Civil Veterinary Dept. Bombay admin report 1907-1913 - 1907-1913
Year: 1907
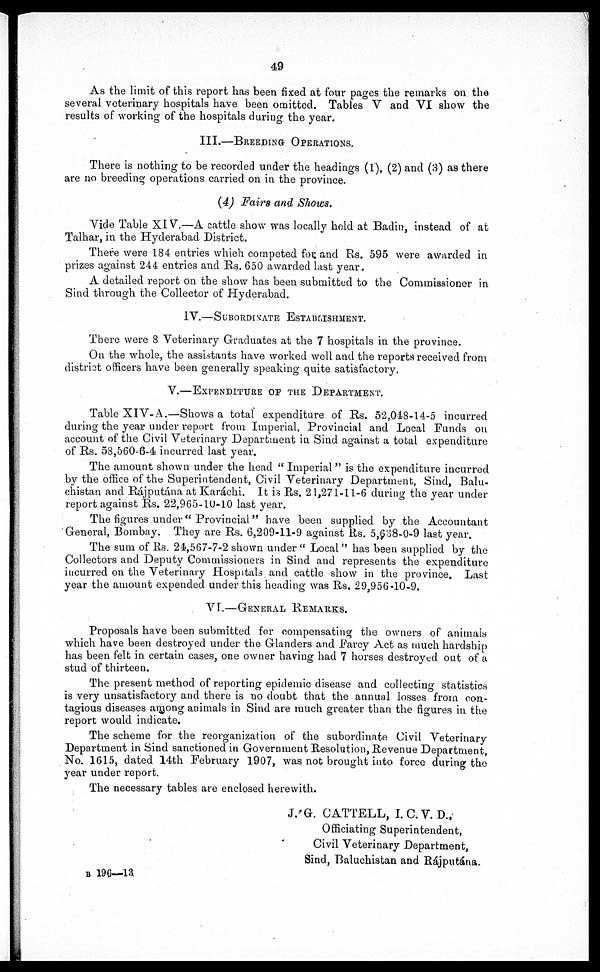
49
As the limit of this report has been fixed at four pages the remarks on the
several veterinary hospitals have been omitted. Tables V and VI show the
results of working of the hospitals during the year.
III.—BREEDING OPERATIONS.
There is nothing to be recorded under the headings (1), (2) and (3) as there
are no breeding operations carried on in the province.
(4) Fairs and Shows.
Vide Table XIV.—A cattle show was locally hold at Badin, instead of at
Talhar, in the Hyderabad District.
There were 184 entries which competed for and Rs. 595 were awarded in
prizes against 244 entries and Rs. 650 awarded last year.
A detailed report on the show has been submitted to the Commissioner in
Sind through the Collector of Hyderabad.
IV.—SUBORDINATE ESTABLISHMENT.
There were 8 Veterinary Graduates at the 7 hospitals in the province.
On the whole, the assistants have worked well and the reports received from
district officers have been generally speaking quite satisfactory.
V.—EXPENDITURE OF THE DEPARTMENT.
Table XIV-A.—Shows a total expenditure of Rs. 52,048-14-5 incurred
during the year under report from Imperial, Provincial and Local Funds on
account of the Civil Veterinary Department in Sind against a total expenditure
of Rs. 58,560-6-4 incurred last year.
The amount shown under the head "Imperial" is the expenditure incurred
by the office of the Superintendent, Civil Veterinary Department, Sind, Balu-
chistan and Rájputána at Karáchi. It is Rs. 21,271-11-6 during the year under
report against Rs. 22,965-10-10 last year.
The figures under "Provincial" have been supplied by the Accountant
General, Bombay. They are Rs. 6,209-11-9 against Rs. 5,638-0-9 last year.
The sum of Rs. 24,567-7-2 shown under "Local" has been supplied by the
Collectors and Deputy Commissioners in Sind and represents the expenditure
incurred on the Veterinary Hospitals and cattle show in the province. Last
year the amount expended under this heading was Rs. 29,956-10-9.
VI.—GENERAL REMARKS.
Proposals have been submitted for compensating the owners of animals
which have been destroyed under the Glanders and Farcy Act as much hardship
has been felt in certain cases, one owner having had 7 horses destroyed out of a
stud of thirteen.
The present method of reporting epidemic disease and collecting statistics
is very unsatisfactory and there is no doubt that the annual losses from con-
tagious diseases among animals in Sind are much greater than the figures in the
report would indicate.
The scheme for the reorganization of the subordinate Civil Veterinary
Department in Sind sanctioned in Government Resolution, Revenue Department,
No. 1615, dated 14th February 1907, was not brought into force during the
year under report.
The necessary tables are enclosed herewith.
J. G. CATTELL, I. C. V. D.,
Officiating Superintendent,
Civil Veterinary Department,
Sind, Baluchistan and Rájputána.
B 196—13